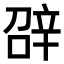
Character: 𨐓